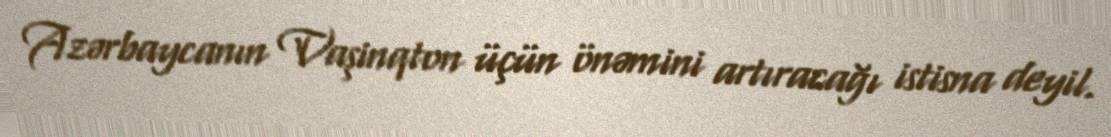
Azərbaycanın Vaşinqton üçün önəmini artıracağı istisna deyil.